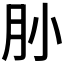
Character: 𰮃